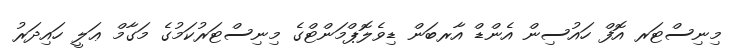
މިނިސްޓަރ އޮފް ހައުސިން އެންޑް އާރބަން ޑިވެލޮޕްމަންޓްގެ މިނިސްޓަރުކަމުގެ މަގާމް ޢަލީ ހައިދަރު